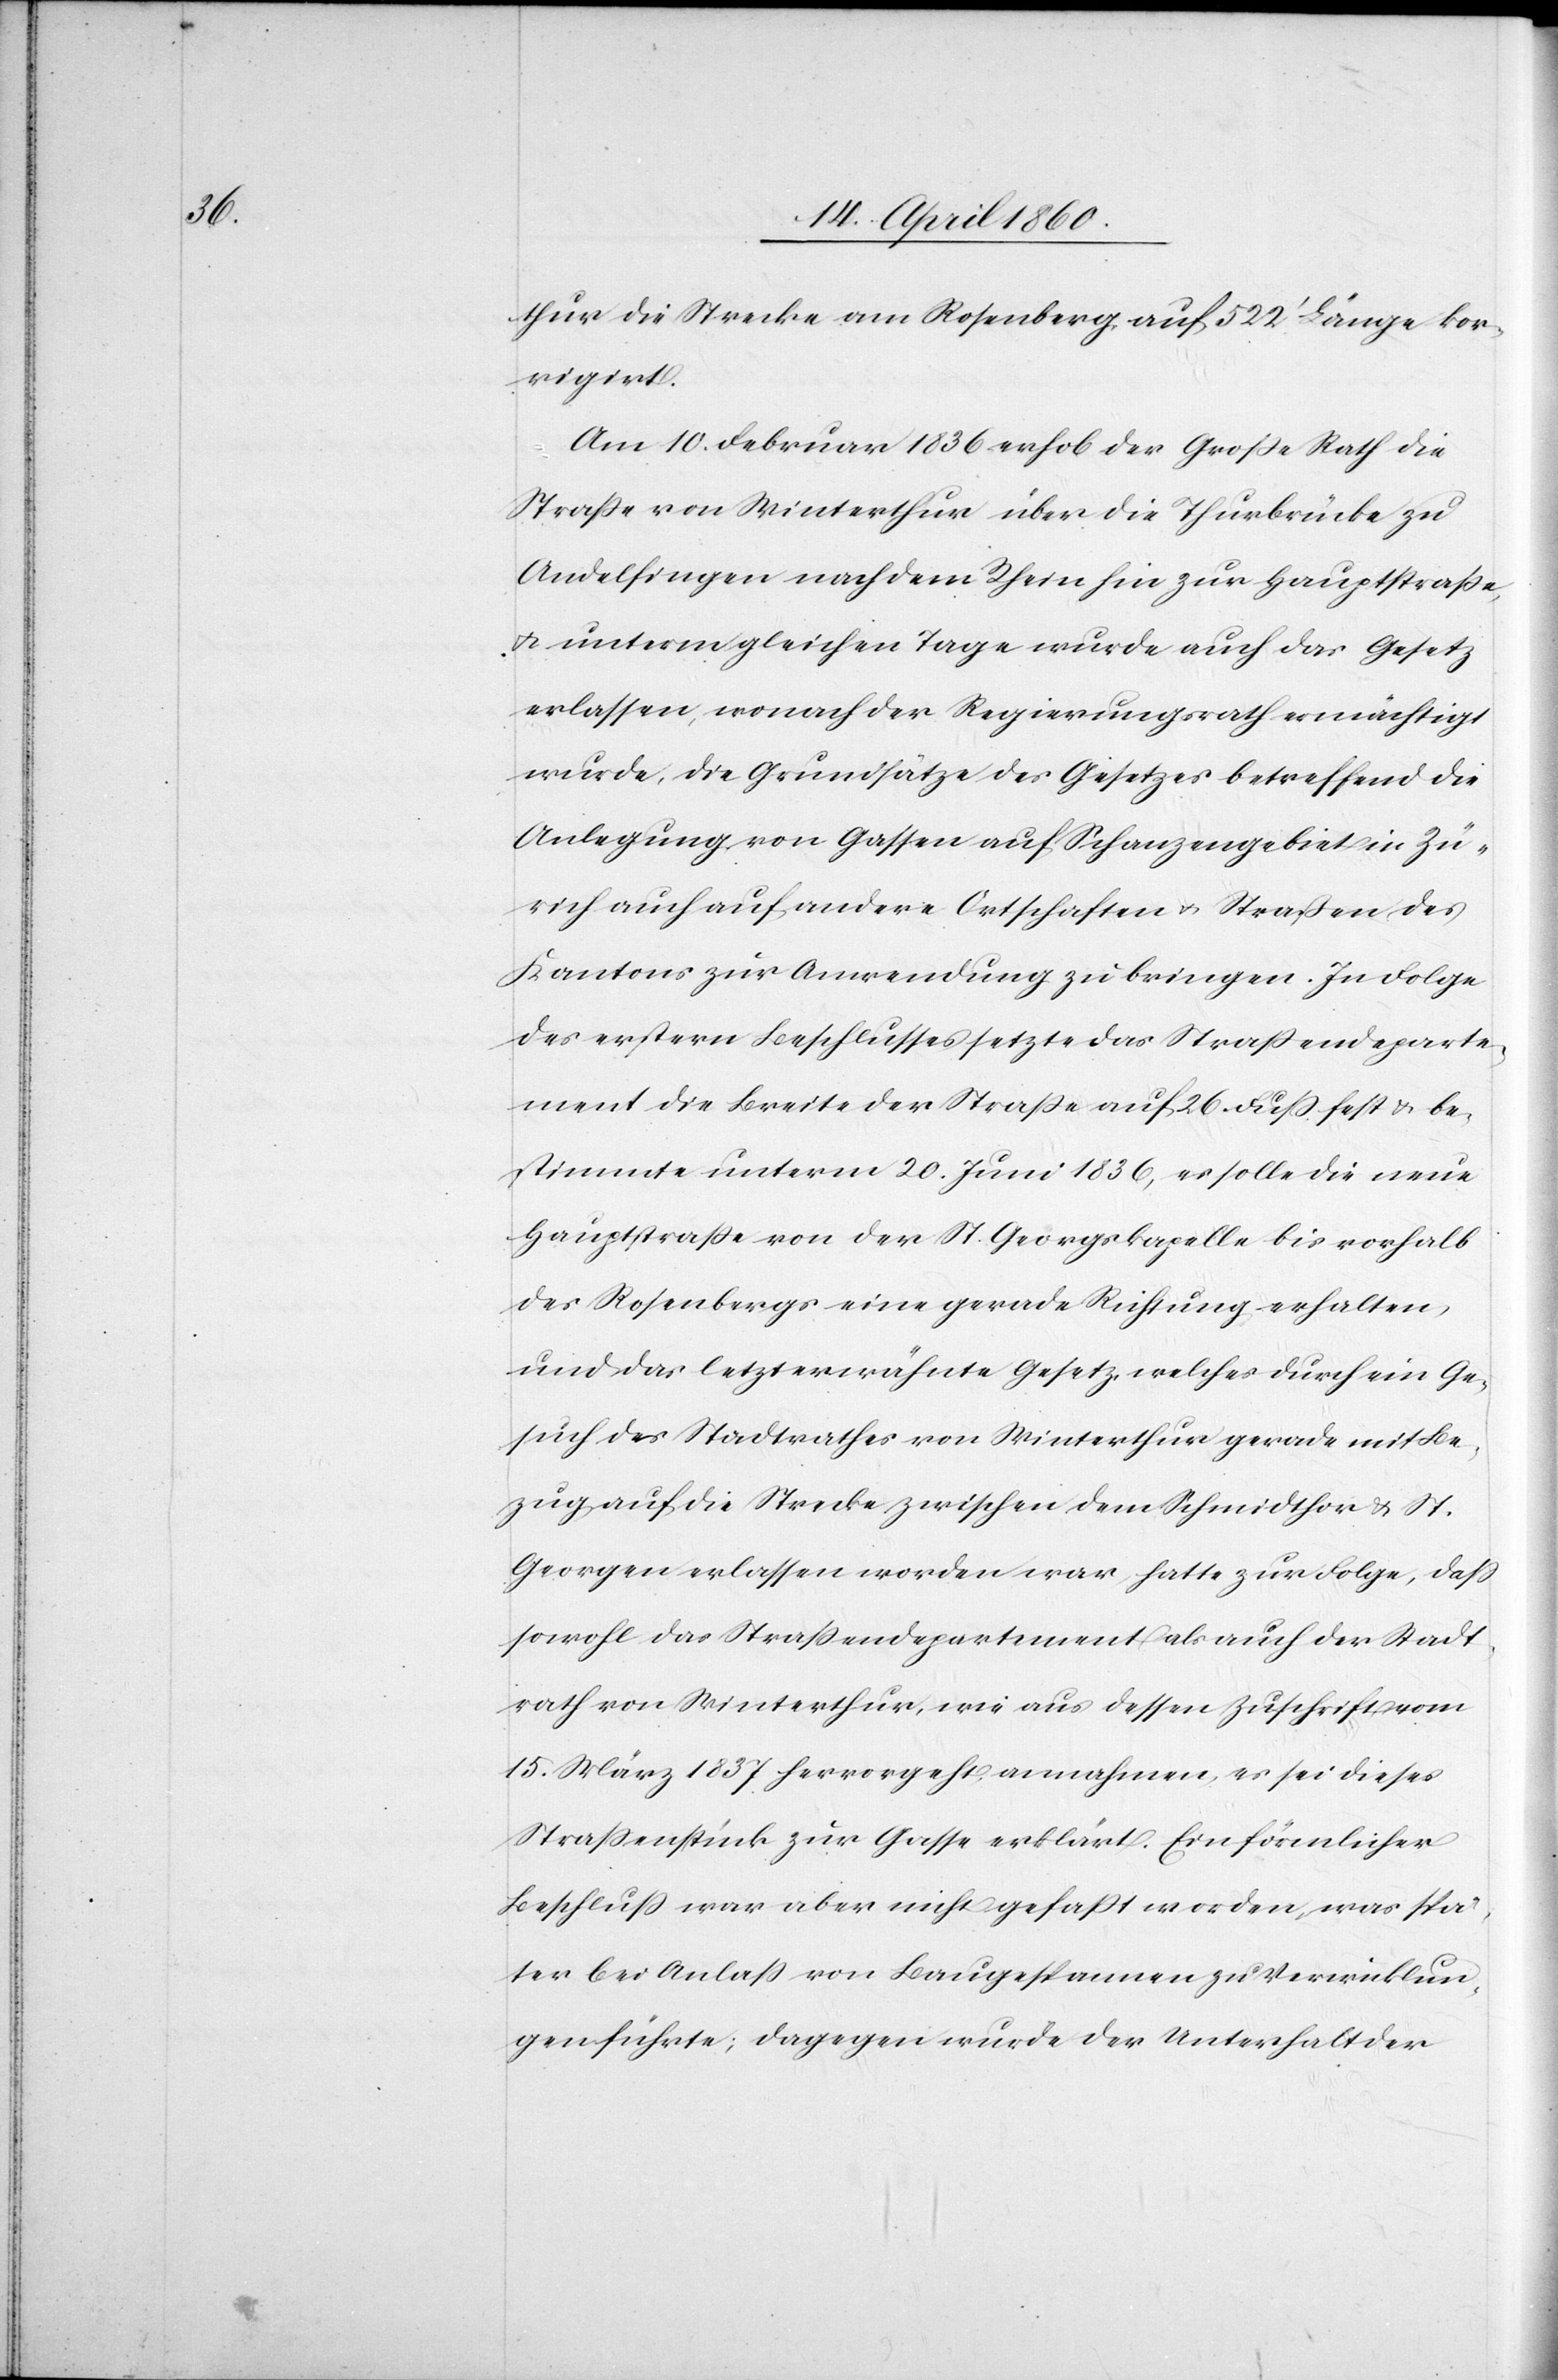
thur die Strecke am Rosenberg auf 522’ Länge kor¬
rigirt.
Am 10. Februar 1836 erhob der Grosse Rath die
Strasse von Winterthur über die Thurbrücke zu
Andelfingen nach dem Rhein hin zur Hauptstrasse,
u. unterm gleichen Tage wurde auch das Gesetz
erlassen, wonach der Regierungsrath ermächtigt
wurde, die Grundsätze des Gesetzes betreffend die
Anlegung von Gassen auf Schanzengebiet in Zü¬
rich auch auf andere Ortschaften u. Strassen des
Kantons zur Anwendung zu bringen. In Folge
des erstern Beschlusses setzte das Strassendeparte¬
ment die Breite der Strasse auf 26 Fuss fest u. be¬
stimmte unterm 20. Juni 1836, es solle die neue
Hauptstrasse von der St. Georgskapelle bis vorhalb
des Rosenbergs eine gerade Richtung erhalten,
und das letzterwähnte Gesetz, welches durch ein Ge¬
such des Stadtrathes von Winterthur gerade mit Be¬
zug auf die Strecke zwischen dem Schmidthor u. St.
Georgen erlassen worden war, hatte zur Folge, dass
sowohl das Strassendepartement als auch der Stadt¬
rath von Winterthur, wie aus dessen Zuschrift vom
15. März 1837 hervorgeht, annahmen, es sei dieses
Strassenstück zur Gasse erklärt. Ein förmlicher
Beschluss war aber nicht gefasst worden, was spä¬
ter bei Anlass von Baugespannen zu Verwicklun¬
gen führte; dagegen wurde der Unterhalt der